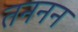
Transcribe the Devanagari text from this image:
तननन